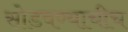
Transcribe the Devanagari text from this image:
सोडवण्याचीच